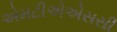
એમટીએએસસી